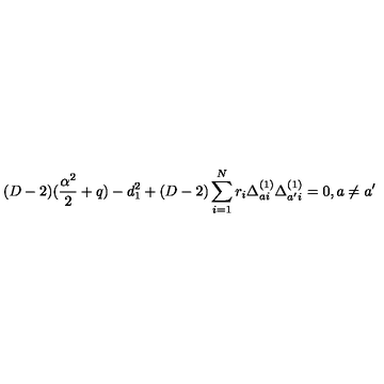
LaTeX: ( D - 2 ) ( { \frac { \alpha ^ { 2 } } { 2 } } + q ) - d _ { 1 } ^ { 2 } + ( D - 2 ) \sum _ { i = 1 } ^ { N } r _ { i } \Delta _ { a i } ^ { ( 1 ) } \Delta _ { a ^ { \prime } i } ^ { ( 1 ) } = 0 , a \not = a ^ { \prime }